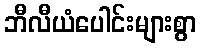
ဘီလီယံပေါင်းများစွာ